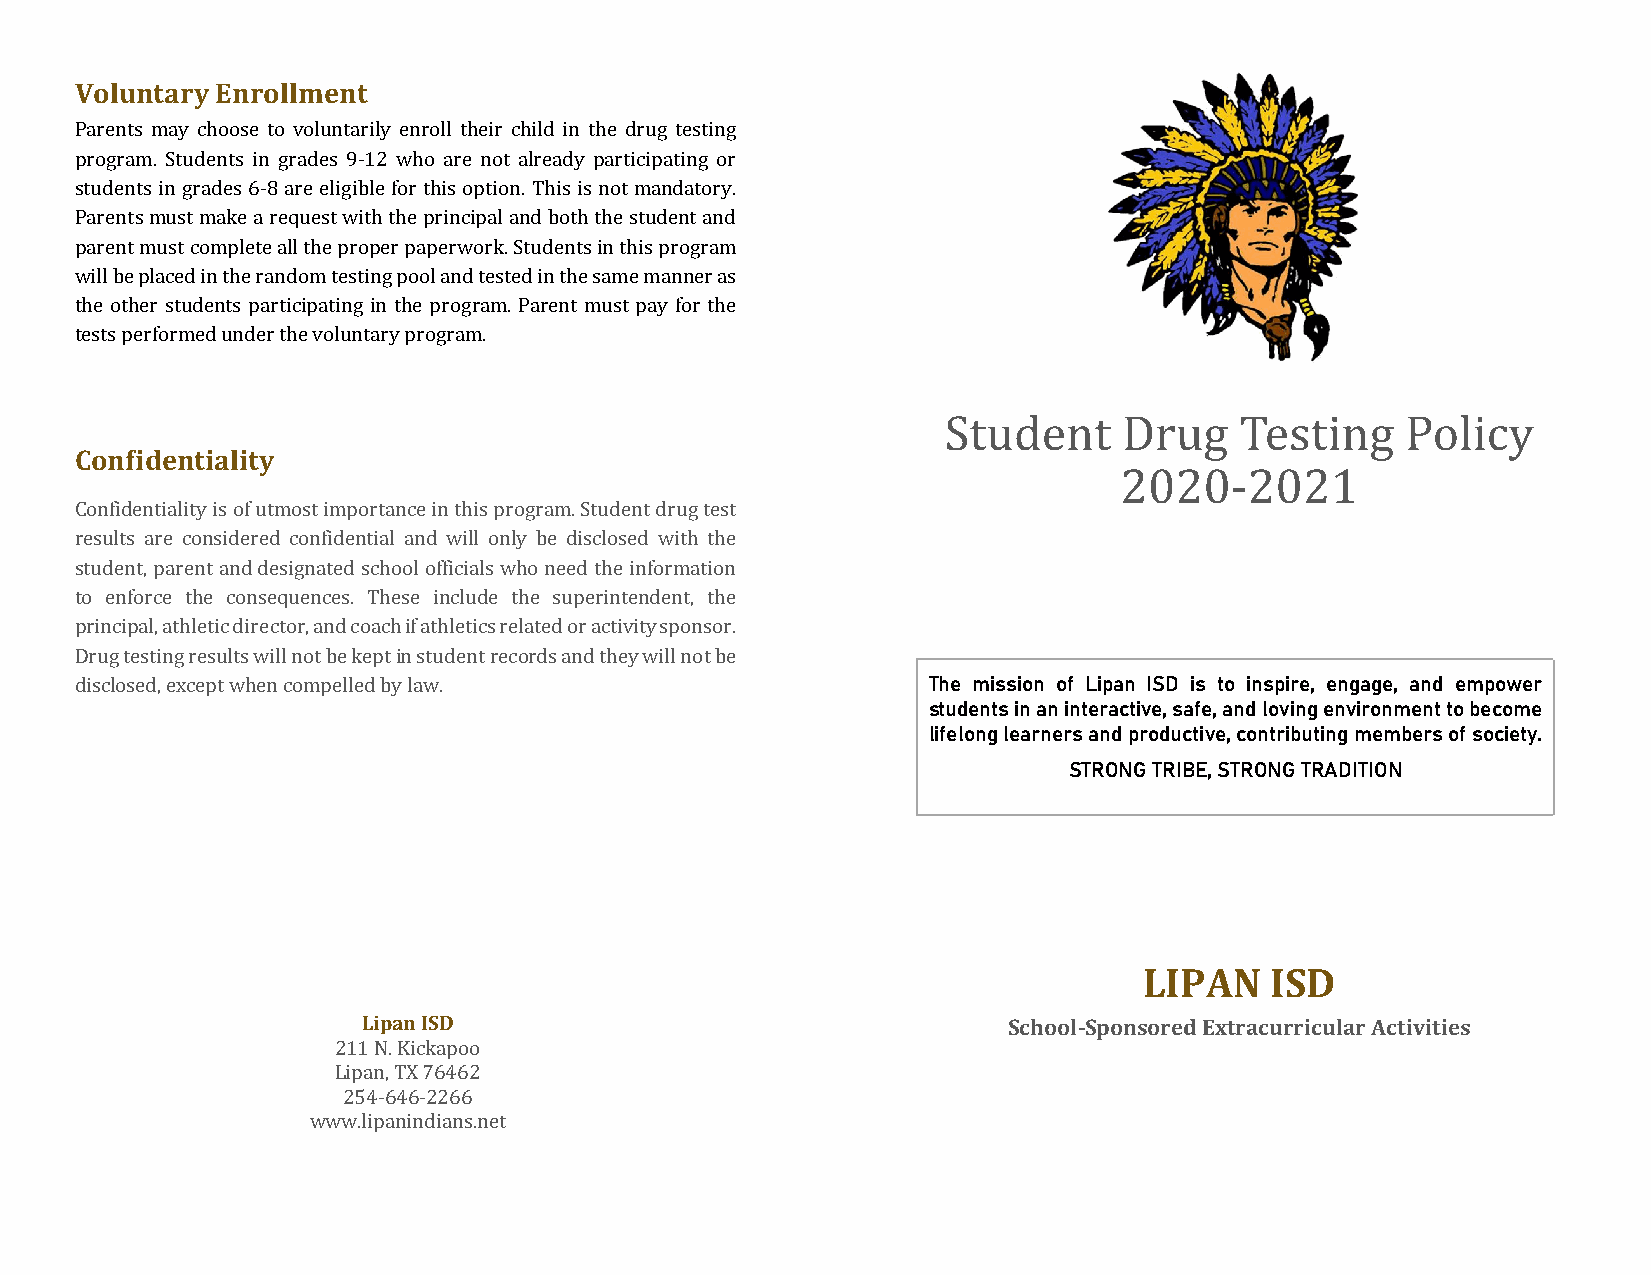
Voluntary Enrollment
 Parents may choose to voluntarily enroll their child in the drug testing
 program. Students in grades 9-12 who are not already participating or
 students in grades 6-8 are eligible for this option. This is not mandatory.
 Parents must make a request with the principal and both the student and
 parent must complete all the proper paperwork. Students in this program
 will be placed in the random testing pool and tested in the same manner as
 the other students participating in the program. Parent must pay for the
 tests performed under the voluntary program.
 Student     Drug    Testing    Policy
 Confidentiality
 2020-2021
 Confidentiality is of utmost importance in this program. Student drug test
 results are considered confidential and will only be disclosed with the
 student, parent and designated school officials who need the information
 to enforce the consequences. These include the superintendent, the
 principal, athletic director, and coach if athletics related or activity sponsor.
 Drug testing results will not be kept in student records and they will not be
 disclosed, except when compelled by law.                The mission of Lipan ISD is to inspire, engage, and empower
 students in an interactive, safe, and loving environment to become
 lifelong learners and productive, contributing members of society.
 STRONG TRIBE, STRONG TRADITION
 LIPAN   ISD
 Lipan ISD                                  School-Sponsored Extracurricular Activities
 211 N. Kickapoo
 Lipan, TX 76462
 254-646-2266
 www.lipanindians.net